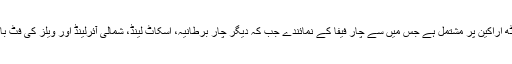
واضح رہے کہ 'آئی ایف اے بی' کا بورڈ آٹھ اراکین پر مشتمل ہے جس میں سے چار فیفا کے نمائندے جب کہ دیگر چار برطانیہ، اسکاٹ لینڈ، شمالی آئرلینڈ اور ویلز کی فٹ بال ایسوسی ایشنوں کی نمائندگی کرتے ہیں۔